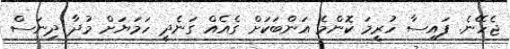
ޖެހޭނެ. ފައިސާ ހުރީމަ ކޮންމެ އަންބަކަށް ގެއެއް ގަނެދީ ހަމަޔަށް މުދާ ދިނަސް